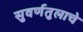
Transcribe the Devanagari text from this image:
सुवर्णतुलाचे